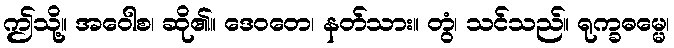
ဤသို့။ အဝေါစ၊ ဆို၏။ ဒေဝတေ၊ နတ်သား။ တွံ၊ သင်သည်။ ရုက္ခဓမ္မေ၊